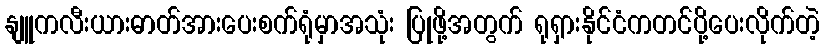
နျူကလီးယားဓာတ်အားပေးစက်ရုံမှာအသုံး ပြုဖို့အတွက် ရုရှားနိုင်ငံကတင်ပို့ပေးလိုက်တဲ့